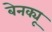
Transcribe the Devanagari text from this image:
बेनक्यू